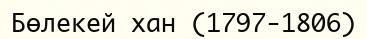
Бөлекей хан (1797-1806)